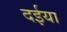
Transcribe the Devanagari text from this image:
दईया